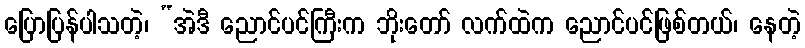
ပြောပြန်ပါသတဲ့၊ “အဲဒီ ညောင်ပင်ကြီးက ဘိုးတော် လက်ထဲက ညောင်ပင်ဖြစ်တယ်၊ နေတဲ့